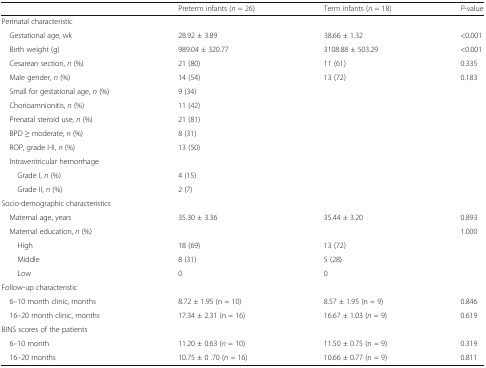
<table><thead><tr><td></td><td><b>Preterm infants (<i>n</i> = 26)</b></td><td><b>Term infants (<i>n</i> = 18)</b></td><td><b><i>P</i>-value</b></td></tr></thead><tbody><tr><td colspan="4">Perinatal characteristic</td></tr><tr><td> Gestational age, wk</td><td>28.92 ± 3.89</td><td>38.66 ± 1.32</td><td>&lt;0.001</td></tr><tr><td> Birth weight (g)</td><td>989.04 ± 320.77</td><td>3108.88 ± 503.29</td><td>&lt;0.001</td></tr><tr><td> Cesarean section, <i>n</i> (%)</td><td>21 (80)</td><td>11 (61)</td><td>0.335</td></tr><tr><td> Male gender, <i>n</i> (%)</td><td>14 (54)</td><td>13 (72)</td><td>0.183</td></tr><tr><td> Small for gestational age, <i>n</i> (%)</td><td>9 (34)</td><td></td><td></td></tr><tr><td> Chorioamnionitis, <i>n</i> (%)</td><td>11 (42)</td><td></td><td></td></tr><tr><td> Prenatal steroid use, <i>n</i> (%)</td><td>21 (81)</td><td></td><td></td></tr><tr><td> BPD ≥ moderate, <i>n</i> (%)</td><td>8 (31)</td><td></td><td></td></tr><tr><td> ROP, grade I-II, <i>n</i> (%)</td><td>13 (50)</td><td></td><td></td></tr><tr><td colspan="4"> Intraventricular hemorrhage</td></tr><tr><td>Grade I, <i>n</i> (%)</td><td>4 (15)</td><td></td><td></td></tr><tr><td>Grade II, <i>n</i> (%)</td><td>2 (7)</td><td></td><td></td></tr><tr><td colspan="4">Socio-demographic characteristics</td></tr><tr><td> Maternal age, years</td><td>35.30 ± 3.36</td><td>35.44 ± 3.20</td><td>0.893</td></tr><tr><td> Maternal education, <i>n</i> (%)</td><td></td><td></td><td>1.000</td></tr><tr><td>High</td><td>18 (69)</td><td>13 (72)</td><td></td></tr><tr><td>Middle</td><td>8 (31)</td><td>5 (28)</td><td></td></tr><tr><td>Low</td><td>0</td><td>0</td><td></td></tr><tr><td colspan="4">Follow-up characteristic</td></tr><tr><td> 6–10 month clinic, months</td><td>8.72 ± 1.95 (n = 10)</td><td>8.57 ± 1.95 (n = 9)</td><td>0.846</td></tr><tr><td> 16–20 month clinic, months</td><td>17.34 ± 2.31 (n = 16)</td><td>16.67 ± 1.03 (<i>n</i> = 9)</td><td>0.619</td></tr><tr><td colspan="4">BINS scores of the patients</td></tr><tr><td> 6–10 month</td><td>11.20 ± 0.63 (<i>n</i> = 10)</td><td>11.50 ± 0.75 (n = 9)</td><td>0.319</td></tr><tr><td> 16–20 months</td><td>10.75 ± 0 .70 (<i>n</i> = 16)</td><td>10.66 ± 0.77 (n = 9)</td><td>0.811</td></tr></tbody></table>